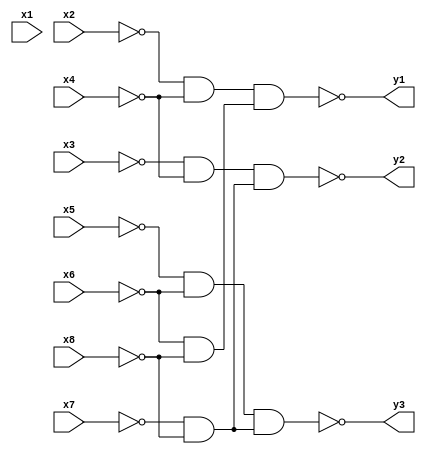
module coder(
input x1,
input x2,
input x3,
input x4,
input x5,
input x6,
input x7,
input x8,
output y1,
output y2,
output y3
);
wire not_x2, not_x3, not_x4, not_x5, not_x6, not_x7, not_x8;
nand(not_x2, x2, x2);
nand(not_x3, x3, x3);
nand(not_x4, x4, x4);
nand(not_x5, x5, x5);
nand(not_x6, x6, x6);
nand(not_x7, x7, x7);
nand(not_x8, x8, x8);
wire x2_or_x4_in, x3_or_x4_in, x5_or_x6_in, x6_or_x8_in, x7_or_x8_in;
nand(x2_or_x4_in, not_x2, not_x4);
nand(x3_or_x4_in, not_x3, not_x4);
nand(x5_or_x6_in, not_x5, not_x6);
nand(x6_or_x8_in, not_x6, not_x8);
nand(x7_or_x8_in, not_x7, not_x8);
wire x2_or_x4_out, x3_or_x4_out, x5_or_x6_out, x6_or_x8_out, x7_or_x8_out;
nand(x2_or_x4_out, x2_or_x4_in, x2_or_x4_in);
nand(x3_or_x4_out, x3_or_x4_in, x3_or_x4_in);
nand(x5_or_x6_out, x5_or_x6_in, x5_or_x6_in);
nand(x6_or_x8_out, x6_or_x8_in, x6_or_x8_in);
nand(x7_or_x8_out, x7_or_x8_in, x7_or_x8_in);
nand(y1, x2_or_x4_out, x6_or_x8_out);
nand(y2, x3_or_x4_out, x7_or_x8_out);
nand(y3, x5_or_x6_out, x7_or_x8_out);
endmodule